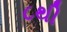
૮થી